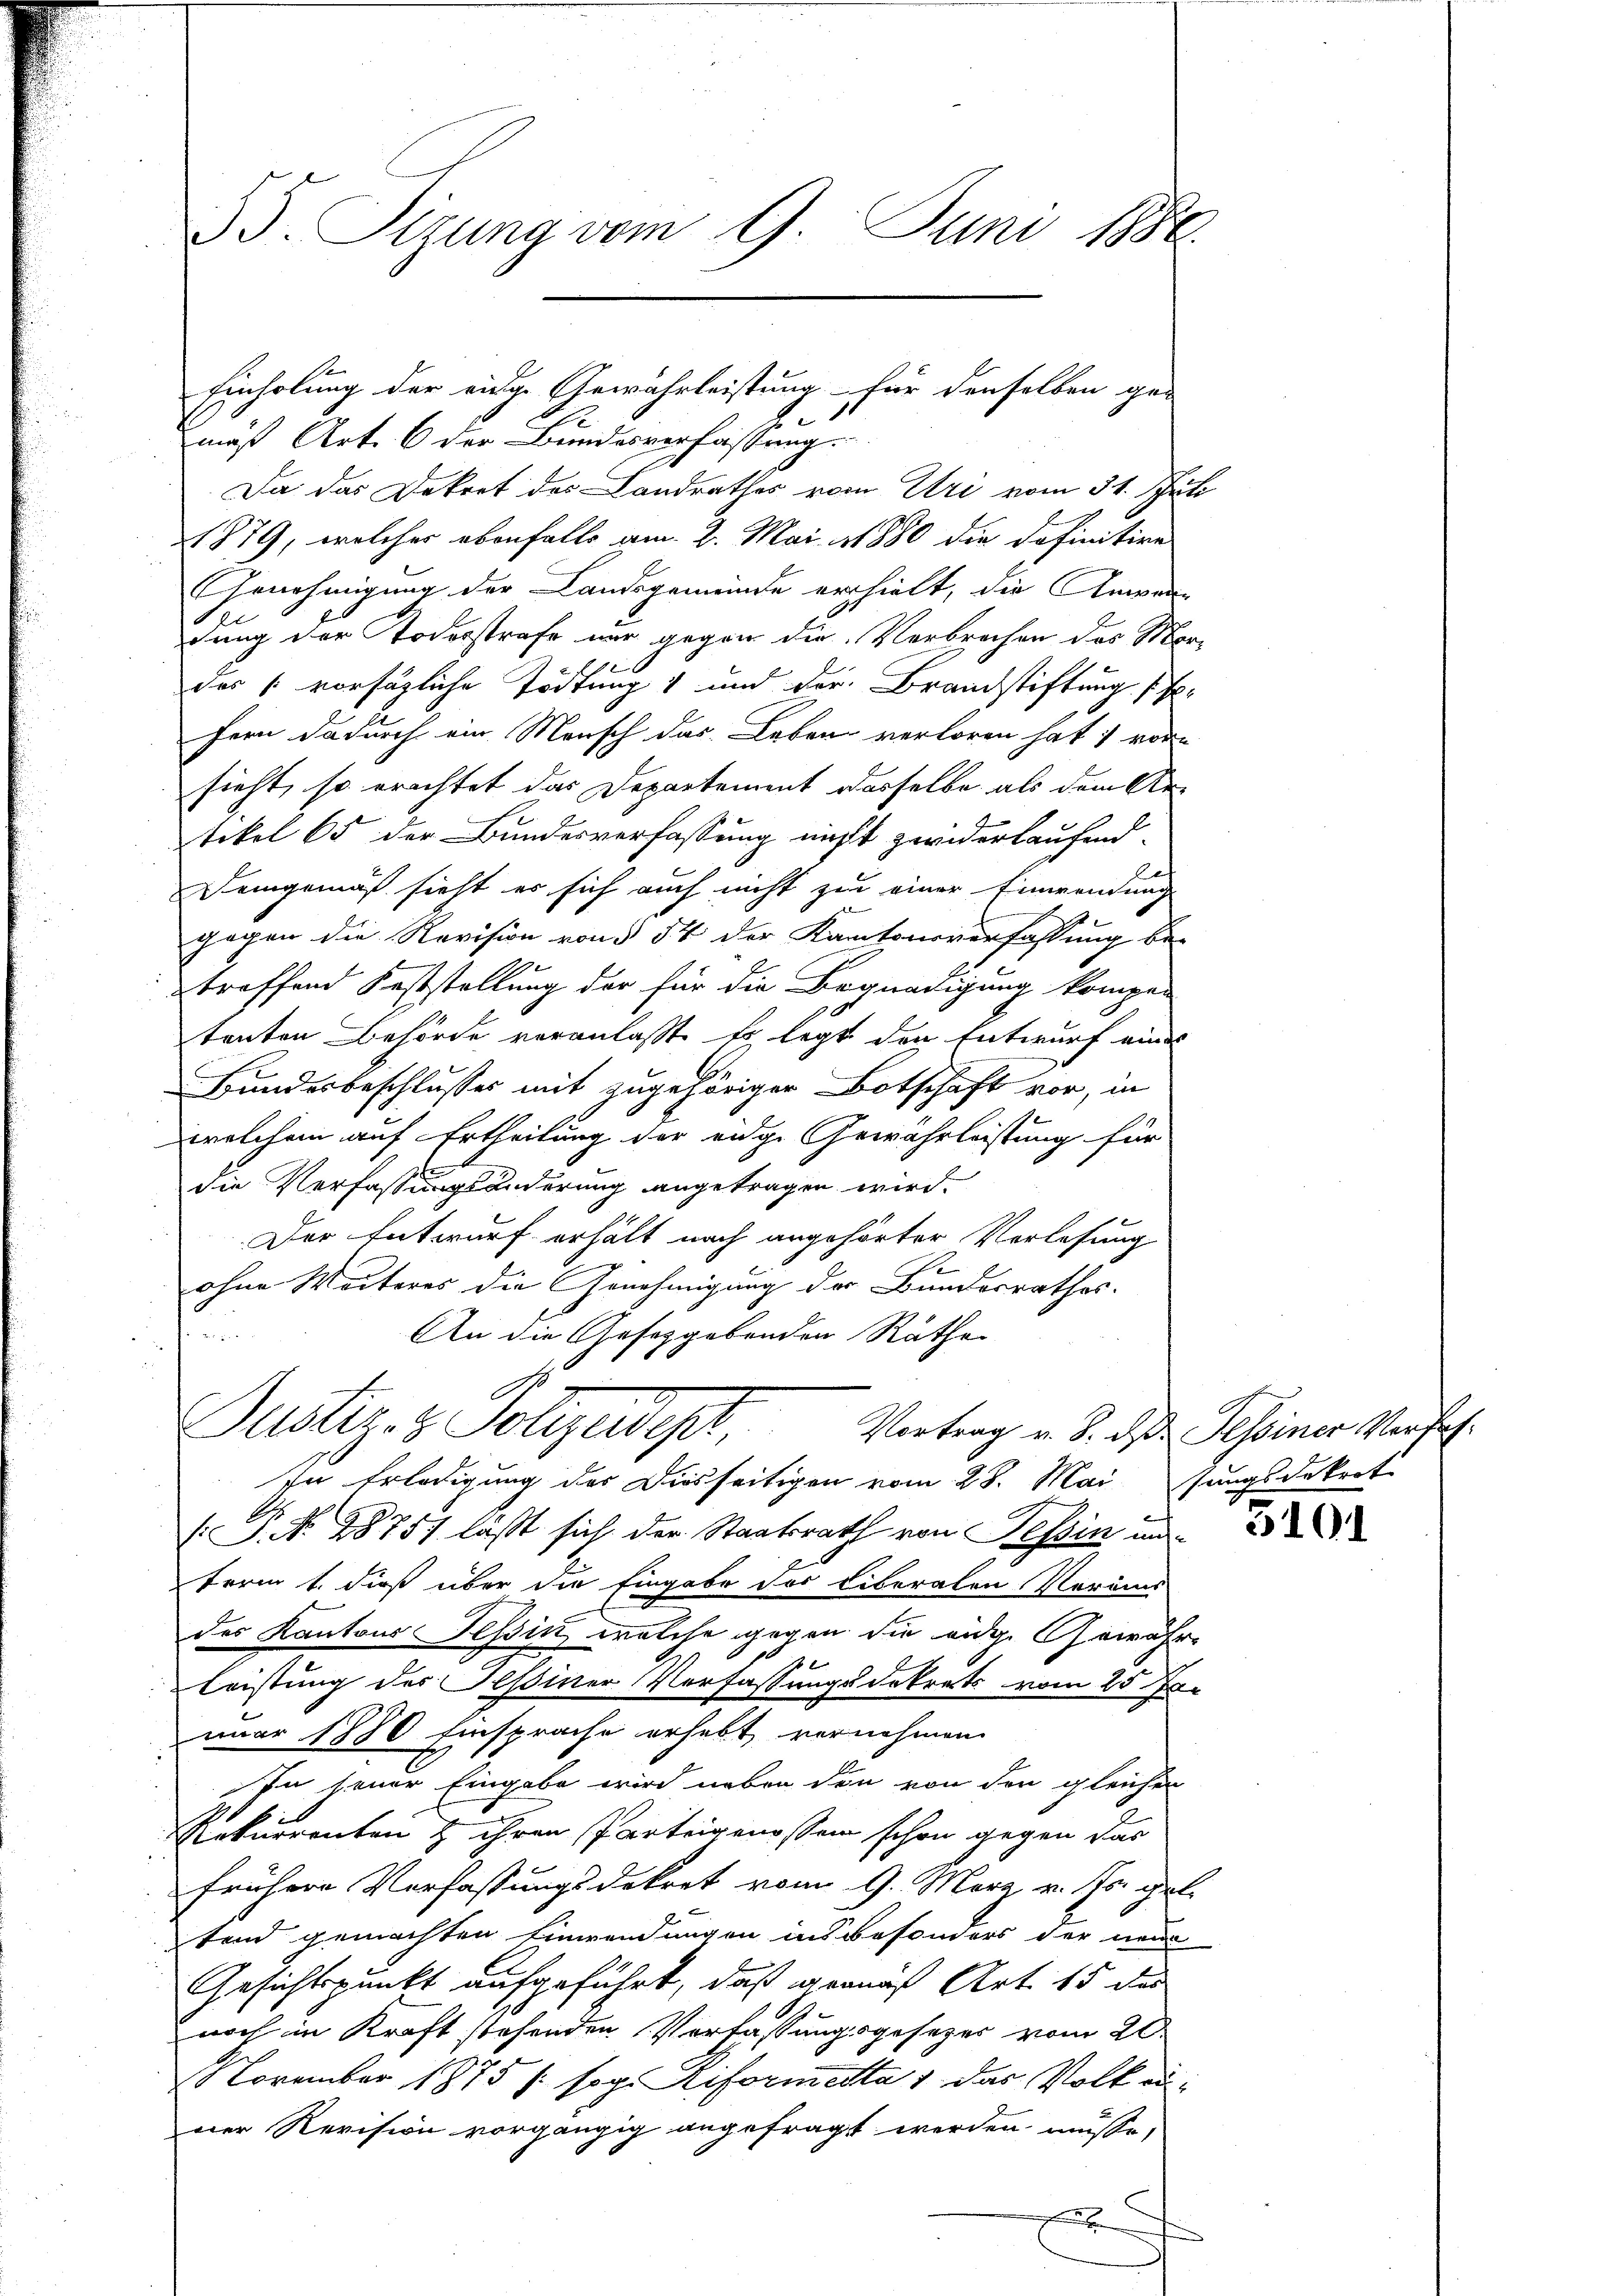
35. Sizung vom 9. Juni 1886.

mäß Art. 6 der Bundesverfassung.
Da das Dekret des Landrathes vom Uri vom 31. Juli
21879, welcher ebenfalls am 2. Mai 1880 die Definitive
Genehmigung der Landsgemeinde erhielt, die Anwendung der Todesstrafe nur gegen die Verbrechen des Mordes vorsägliche Tödtung 1 und der Brandstiftung f
fern dadurch ein Mensch das Leben verloren hat; vor-
sieht, so erachtet das Departement dasselbe als dem Artikel 65 der Bundesverfassung nichts zwiderlaufend
Demgemäß sieht er sich auch nicht zur einer Einwendung
gegen die Revision von 54 der Kantonsverfassung be-
treffend Feststellung der für die Begnadigung kompe-
tonten Behörde veranlaßt. Es legt den Entwurf eines
Bundesbeschlusses mit zugehöriger Botschaft vor, in
welchem auf Ertheilung der eidge Gewährleistung für
s
1
die Verfassungsänderung angetragen wird.
Der Entwurf erhält nach angehörter Vorlesung
ohne Weiteres die Genehmigung der Bundesrathes.
n
An die Gesetzgebenden Räthe
0
Justiz- & Polizeidigt
Vortrag v. 8. ds. Tessiner Verfah-
In Erledigung des Diesseitigen vom 28. Mai jungsdekret
A
J. No. 28751 läßt sich der Staatsrath von Tessin un
term 1. dieß über die Eingabe des liberalen Vorans
des Kantons Tessin, welche gegen die eidg. Gewähre
Leistung der Tessiner Verfassungsdekrets vom 25. Jan
nuar 1880 Einsprache erhebt vernehmen.
In seiner Eingabe wird neben den von den gleichen
Rekurrenten & ihren Parteigenossen schon gegen das
frühere Verfassungsdekret vom 9. März v. Js. gut.
tend gemachten Einwendungen insbesonders der neue
Gesichtspunkt aufgeführt, daß granus Art. 15 des
noch in Kraft stehenden Verfassungsgesetzes vom 20.
November 1875 /: sog. Reformetta 1 das Volkenner Revision vorgängig angefragt werden müsse,
f

Einholung der einige Gewährleistung für denselben ge-
6

3101